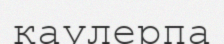
каулерпа